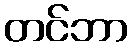
တင်ဘာ